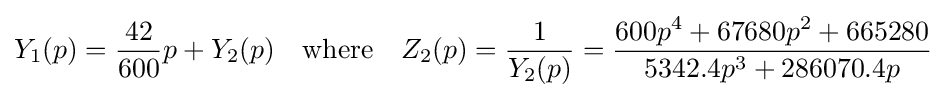
Y_{1}(p)={\frac {42}{600}}p+Y_{2}(p)\quad {\text{where}}\quad Z_{2}(p)={\frac {1}{Y_{2}(p)}}={\frac {600p^{4}+67680p^{2}+665280}{5342.4p^{3}+286070.4p}}